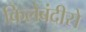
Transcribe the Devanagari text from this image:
किलेबंदीसे